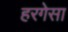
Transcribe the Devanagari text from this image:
हरगेसा